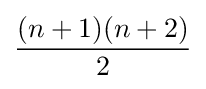
{(n+1)(n+2) \over 2}